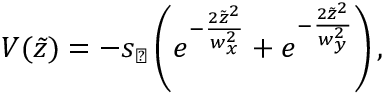
V ( \tilde { z } ) = - s _ { \perp } \left( e ^ { - \frac { 2 \tilde { z } ^ { 2 } } { w _ { x } ^ { 2 } } } + e ^ { - \frac { 2 \tilde { z } ^ { 2 } } { w _ { y } ^ { 2 } } } \right) ,